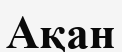
Ақан